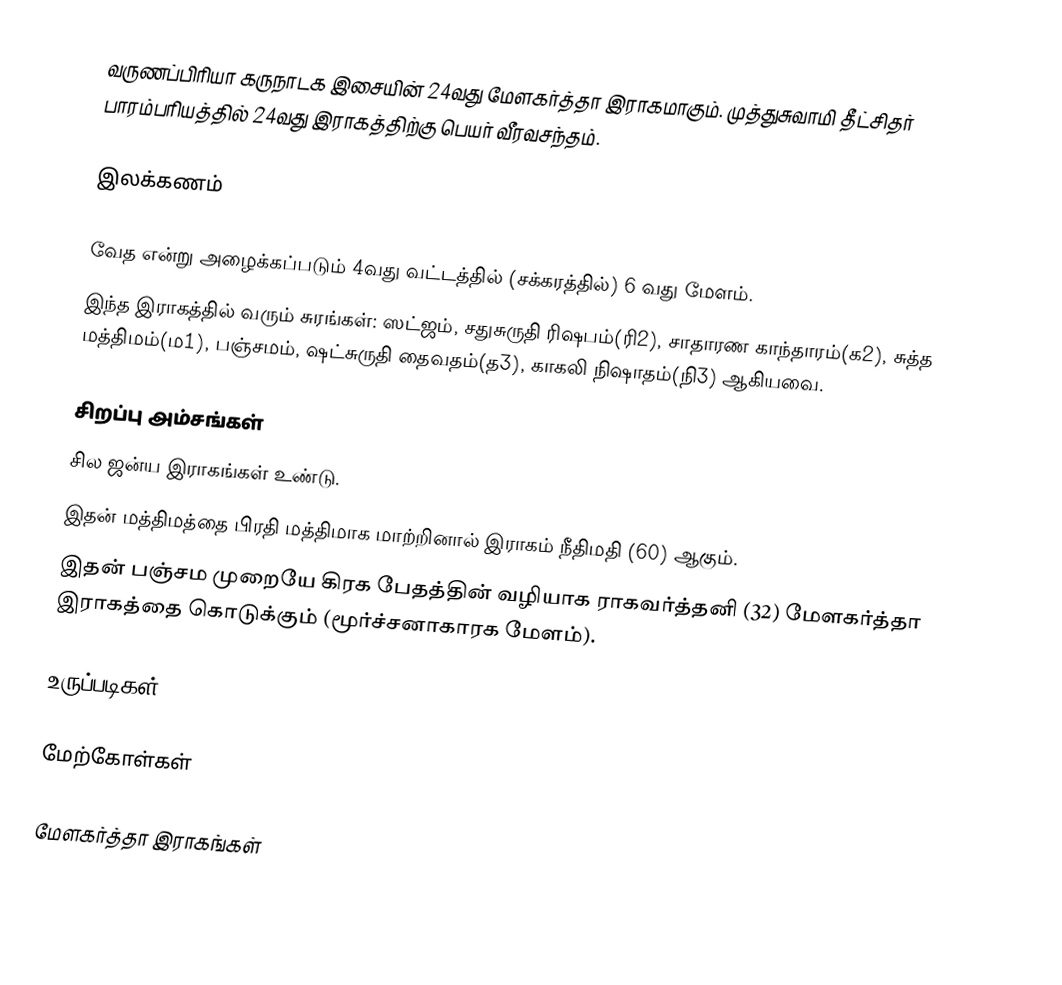
வருணப்பிரியா கருநாடக இசையின் 24வது மேளகர்த்தா இராகமாகும். முத்துசுவாமி தீட்சிதர் பாரம்பரியத்தில் 24வது இராகத்திற்கு பெயர் வீரவசந்தம்.

இலக்கணம்

 வேத என்று அழைக்கப்படும் 4வது வட்டத்தில் (சக்கரத்தில்) 6 வது மேளம்.
 இந்த இராகத்தில் வரும் சுரங்கள்: ஸட்ஜம், சதுசுருதி ரிஷபம்(ரி2), சாதாரண காந்தாரம்(க2), சுத்த மத்திமம்(ம1), பஞ்சமம், ஷட்சுருதி தைவதம்(த3), காகலி நிஷாதம்(நி3) ஆகியவை.

சிறப்பு அம்சங்கள்
 சில ஜன்ய இராகங்கள் உண்டு.
 இதன் மத்திமத்தை பிரதி மத்திமாக மாற்றினால் இராகம் நீதிமதி (60) ஆகும்.
 இதன் பஞ்சம முறையே கிரக பேதத்தின் வழியாக ராகவர்த்தனி (32) மேளகர்த்தா இராகத்தை கொடுக்கும் (மூர்ச்சனாகாரக மேளம்).

உருப்படிகள்

மேற்கோள்கள்

மேளகர்த்தா இராகங்கள்